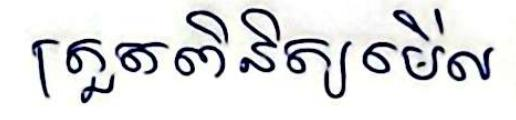
ត្រួតពិនិត្យមើល